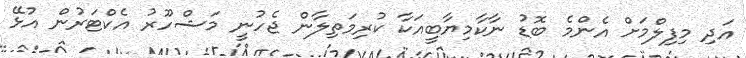
އަދި މިފިލްމަށް އެންމެ ބޮޑު ނާކާމިޔާބީއަކާ ކުރިމަތިލާން ޖެހުނީ މަޝްހޫރު އެކްޓަރުން އުޅޭ